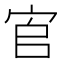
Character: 𡧺